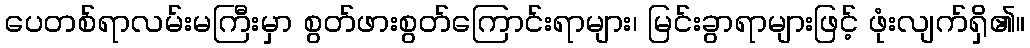
ပေတစ်ရာလမ်းမကြီးမှာ စွတ်ဖားစွတ်ကြောင်းရာများ၊ မြင်းခွာရာများဖြင့် ဖုံးလျက်ရှိ၏။